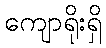
ကျောရိုးရှိ